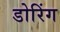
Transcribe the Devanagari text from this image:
डोरिंग